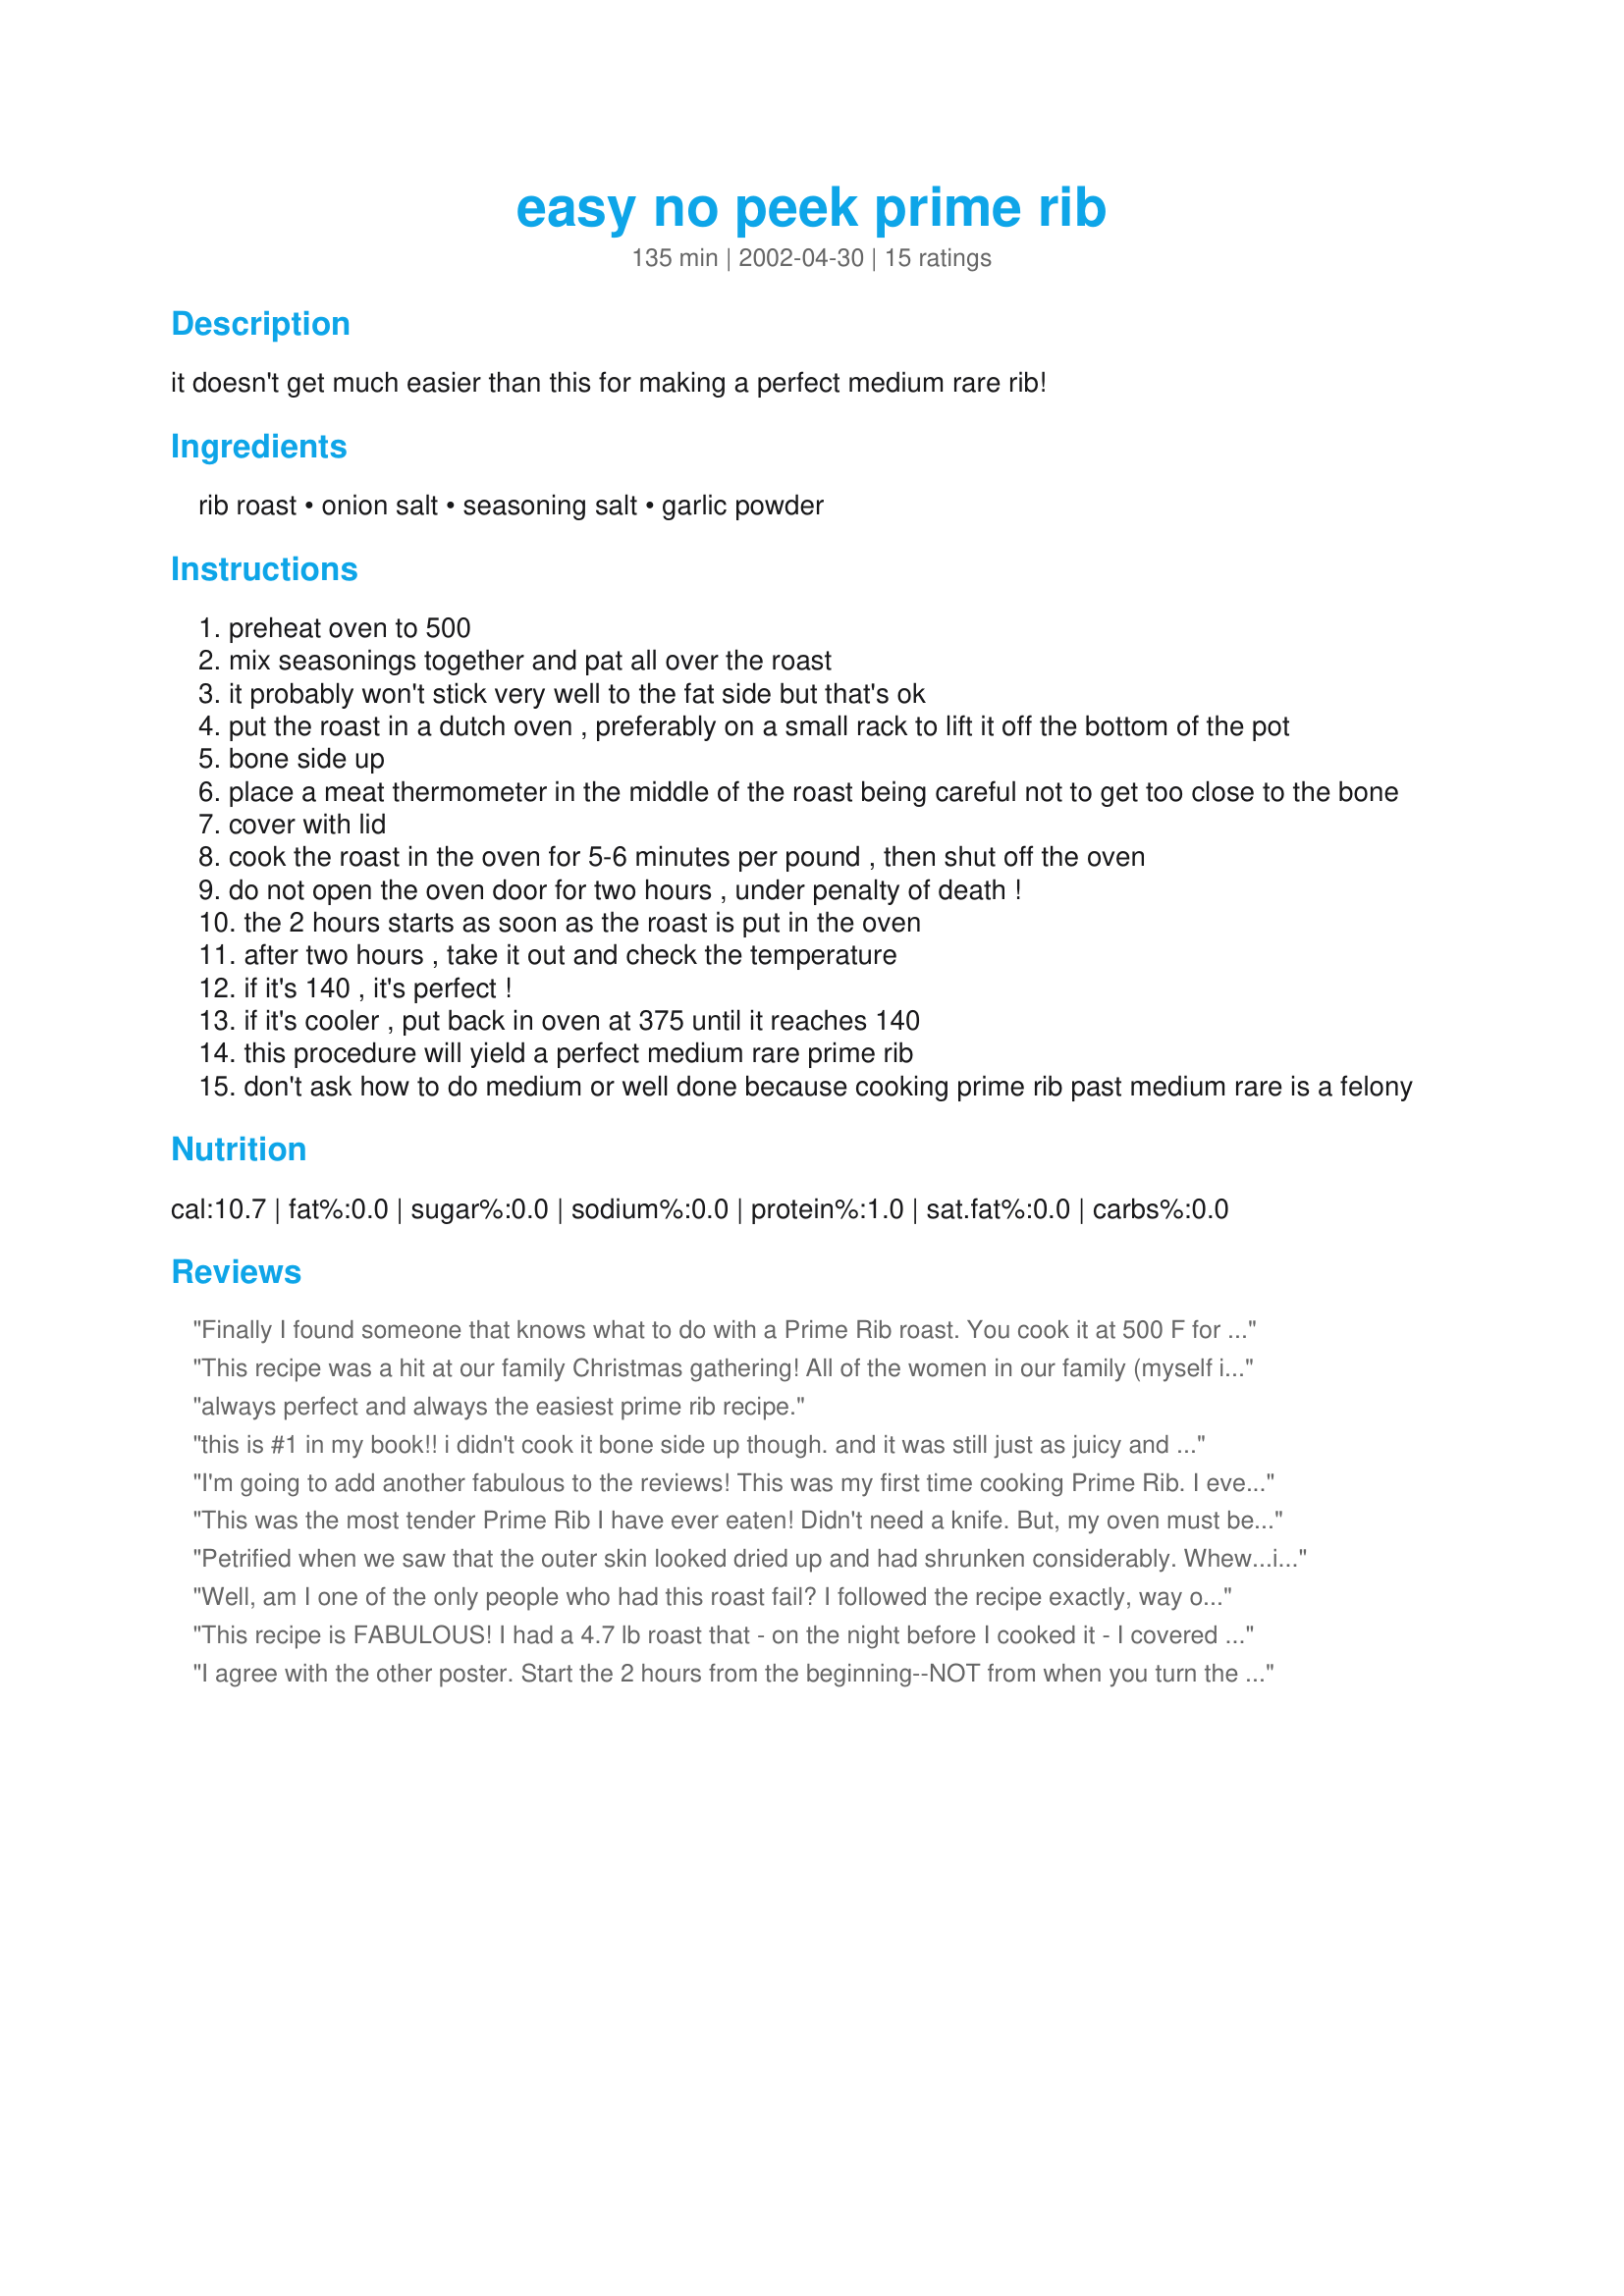
easy no peek prime rib
Preparation time: 135 minutes

it doesn't get much easier than this for making a perfect medium rare rib!

Ingredients:
rib roast, onion salt, seasoning salt, garlic powder

Steps:
preheat oven to 500
mix seasonings together and pat all over the roast
it probably won't stick very well to the fat side but that's ok
put the roast in a dutch oven , preferably on a small rack to lift it off the bottom of the pot
bone side up
place a meat thermometer in the middle of the roast being careful not to get too close to the bone
cover with lid
cook the roast in the oven for 5-6 minutes per pound , then shut off the oven
do not open the oven door for two hours , under penalty of death !
the 2 hours starts as soon as the roast is put in the oven
after two hours , take it out and check the temperature
if it's 140 , it's perfect !
if it's cooler , put back in oven at 375 until it reaches 140
this procedure will yield a perfect medium rare prime rib
don't ask how to do medium or well done because cooking prime rib past medium rare is a felony

Reviews:
Finally I found someone that knows what to do with a Prime Rib roast. You cook it at 500 F for 5 minutes per pound and let it cool with the oven door closed for ten minutes per pound, if the roast is too small it will cook past medium rare in two hours. Cooking it thit way will let it keep all the juice and it's really tender.
This recipe was a hit at our family Christmas gathering! All of the women in our family (myself included) were amazed at how EASY this was to make and how good it was to eat! We used a 5.5-6 lb. standing rib roast ("chine" bone removed) and followed the directions exactly. The roast yielded beautiful, tender, melt-in-your-mouth, no-knife-needed, medium rare meat. Perfect! We'll be sure to make this again!
always perfect and always the easiest prime rib recipe.
this is #1 in my book!! i didn't cook it bone side up though. and it was still just as juicy and tender. a perfect medium rare. i covered it with foil and placed it in a glass casserole dish then placed the thermometer in the meat cutting away enough of the foil so it didn't touch the thermometer. followed the rest of the directions and whoa baby! tender juicy prime rib medium rare!! just perfect!
I'm going to add another fabulous to the reviews! This was my first time cooking Prime Rib. I even used a roast that had been in the freezer for quite awhile and it came out tender, juicy and delicious.
This was the most tender Prime Rib I have ever eaten! Didn't need a knife. But, my oven must be too hot because it was medium to well, not medium rare. I mixed kosher salt, seasoned salt, thyme, garlic powder, and seasoned pepper with homemade garlic oil to make a paste. Spread that over the roast and it was wonderful!
Petrified when we saw that the outer skin looked dried up and had shrunken considerably. Whew...it was perfect. First time cooking a prime rib and glad I found the 'perfect' recipe
It was great!
Well, am I one of the only people who had this roast fail? I followed the recipe exactly, way overcooked. I used a 3 pound roast, maybe it was too small for the amount of time. Help!! I want to make it again so it works. by the way this is the second time trying this recipe out and both times for roast was overdone.
This recipe is FABULOUS! I had a 4.7 lb roast that - on the night before I cooked it - I covered with olive oil and seasoned with McCormick's Steakhouse Grill seasoning. I took the roast out of the frig for about 45 min, and preheated the oven to 500 for about 30 minutes. Cooked the roast uncovered for 35 minutes, cut the oven off, and 1 hour & 25 minutes later (no peeking), I had a medium but more rare roast. I put it back in the oven at 375 for about 10 minutes, and when I took it out and let it rest for 20 minutes, it was perfect - medium, juicy, and really tender. This recipe is a keeper!
I agree with the other poster. Start the 2 hours from the beginning--NOT from when you turn the oven off! My beautiful prime rib was overdone and I followed the directions (as I understood them) exactly. I'm giving it 5 stars anyway because it was my mistake. I'll use this recipe again, making sure I do it right next time.
I wasted a very good roast trying this recipe. Tasted like boiled over done meat. I followed it to the letter and even the dog would not eat it. Off to the store for another roast and going to cook it the old fashion way. Low and slow. Sorry not for me.
Definitely easy and it turned out perfectly cooked. I would back off on the salt and maybe use onion powder instead. It would also be good with some rosemary or thyme rubbed on the outside. Great recipe and I will do it again!
I tried this with a Buckhead Beef Rib (a whole one) and it came out great! 
I rubbed the rib with Kitchen Bouqet, fresh chopped garlic,pepper and sea salt. This is wonderful if everyone in your house wants rare to medium rare.
This was great!! you must be careful and make sure you start the two hours from the moment you put the rib roast in the oven. If you do that it will yield a perfect medium rare rib roast that is FABULOUS!!!! Also, I used 2 tbsps Onion powder and 1 tbsp Sea Salt (kosher salt) instead of onion salt because i was concerned that onion salt combined with the seasoning salt would be way too salty. I also added a pinch of ground pepper. This combination worked out great. The flavors were well blended and the meat was flavorful but not salty or over seasoned
This is a follow up to my review of July 4, 2004. Just f.y.i., the 2 hour "no peek" cooking time should begin the minute you initially put the prime rib in the oven, NOT after you turn the oven off. This is a lesson I learned the hard way. Happy Holidays, eveyone!!!
